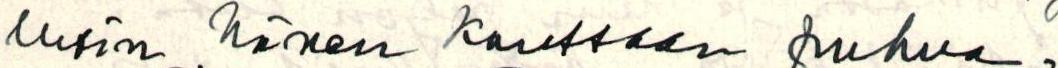
lusin hänen kanssaan puhua.